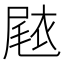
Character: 𭕧